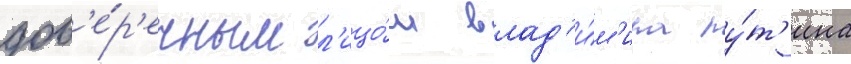
дов'е́р'енным л'ицо́м влад'и́м'ира пу́т'ина